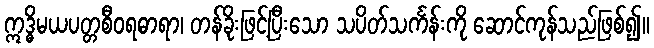
ဣဒ္ဓိမယပတ္တစီဝရဓာရာ၊ တန်ခိုးဖြင့်ပြီးသော သပိတ်သင်္ကန်းကို ဆောင်ကုန်သည်ဖြစ်၍။